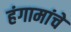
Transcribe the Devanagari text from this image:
हंगामांचे